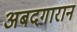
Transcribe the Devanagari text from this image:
अबदगारान